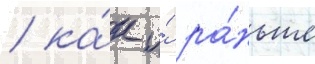
/ ка́к и́ ра́ньше